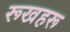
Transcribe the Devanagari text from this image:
रूखहरू